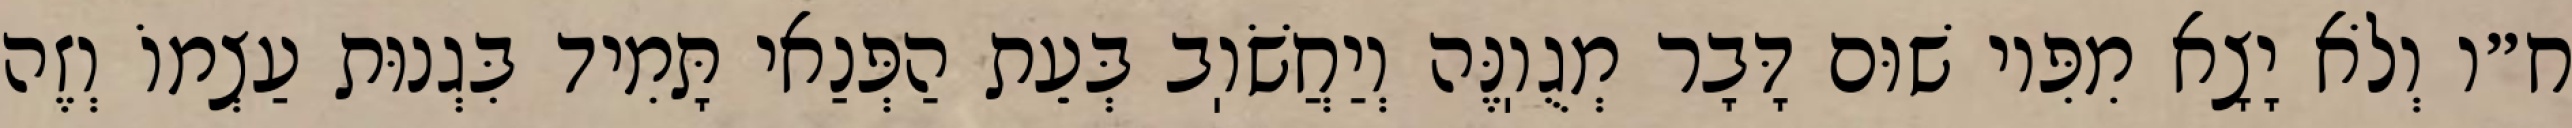
ח״ו וְלֹא יָצָא מִפִּיו שׁוּם דָּבָר מְגֻוֽנֶּה וְיַחֲשֹׁוֽב בְּעֵת הַפְּנַאי תָּמִיד בִּגְנוּת עַצְמוֹ וְזֶה